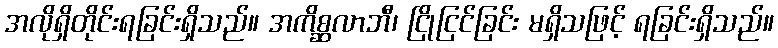
အလိုရှိတိုင်းရခြင်းရှိသည်။ အကိစ္ဆလာဘီ၊ ငြိုငြင်ခြင်း မရှိသဖြင့် ရခြင်းရှိသည်။